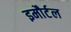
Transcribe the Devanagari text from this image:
इमौर्टल